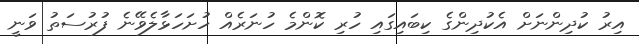
އިރު ކުދިންނަށް އެކުދިންގެ ކިބައިގައި ހުރި ކޮންމެ ހުނަރެއް ހުށަހަޅާލެވޭނެ ފުރުސަތު ވަނީ